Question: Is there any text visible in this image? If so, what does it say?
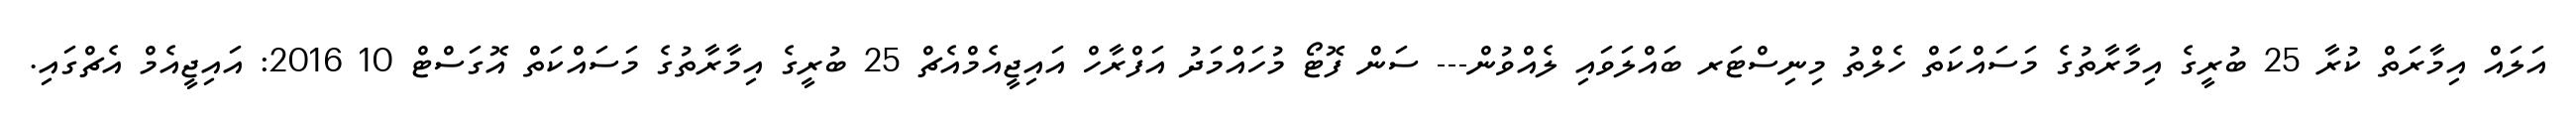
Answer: އަލައް އިމާރަތް ކުރާ 25 ބުރީގެ އިމާރާތުގެ މަސައްކަތް ހެލްތު މިނިސްޓަރ ބައްލަވައި ލެއްވުން--- ސަން ފޮޓޯ މުހައްމަދު އަފްރާހް އައިޖީއެމްއެޗް 25 ބުރީގެ އިމާރާތުގެ މަސައްކަތް އޮގަސްޓް 10 2016: އައިޖީއެމް އެޗްގައި.